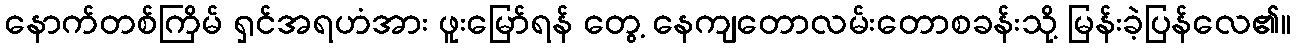
နောက်တစ်ကြိမ် ရှင်အရဟံအား ဖူးမြော်ရန် တွေ့ နေကျတောလမ်းတောစခန်းသို့ မြန်းခဲ့ပြန်လေ၏။